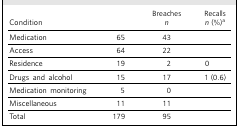
<table><thead><tr><td><b>Condition</b></td><td>[EMPTY_CELL]</td><td><b>Breaches<i>n</i></b></td><td><b>Recalls<i>n</i>(%)<sup>a</sup></b></td></tr></thead><tbody><tr><td>Medication</td><td>65</td><td>43</td><td>[EMPTY_CELL]</td></tr><tr><td>Access</td><td>64</td><td>22</td><td>[EMPTY_CELL]</td></tr><tr><td>Residence</td><td>19</td><td>2</td><td>0</td></tr><tr><td>Drugs and alcohol</td><td>15</td><td>17</td><td>1 (0.6)</td></tr><tr><td>Medication monitoring</td><td>5</td><td>0</td><td>[EMPTY_CELL]</td></tr><tr><td>Miscellaneous</td><td>11</td><td>11</td><td>[EMPTY_CELL]</td></tr><tr><td>Total</td><td>179</td><td>95</td><td>[EMPTY_CELL]</td></tr></tbody></table>